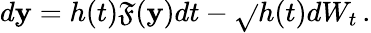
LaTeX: d\mathbf{y}=h(t)\mathfrak{F}(\mathbf{y})dt-\sqrt{}{{h(t)}}dW_{t}\, .